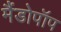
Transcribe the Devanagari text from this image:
मैंडोपॉप